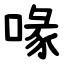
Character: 喙